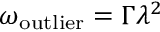
\omega _ { \mathrm { o u t l i e r } } = \Gamma \lambda ^ { 2 }